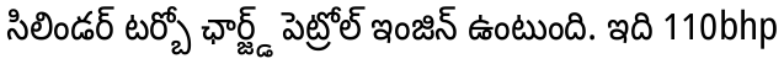
సిలిండర్ టర్బో ఛార్జ్డ్ పెట్రోల్ ఇంజిన్ ఉంటుంది. ఇది 110bhp